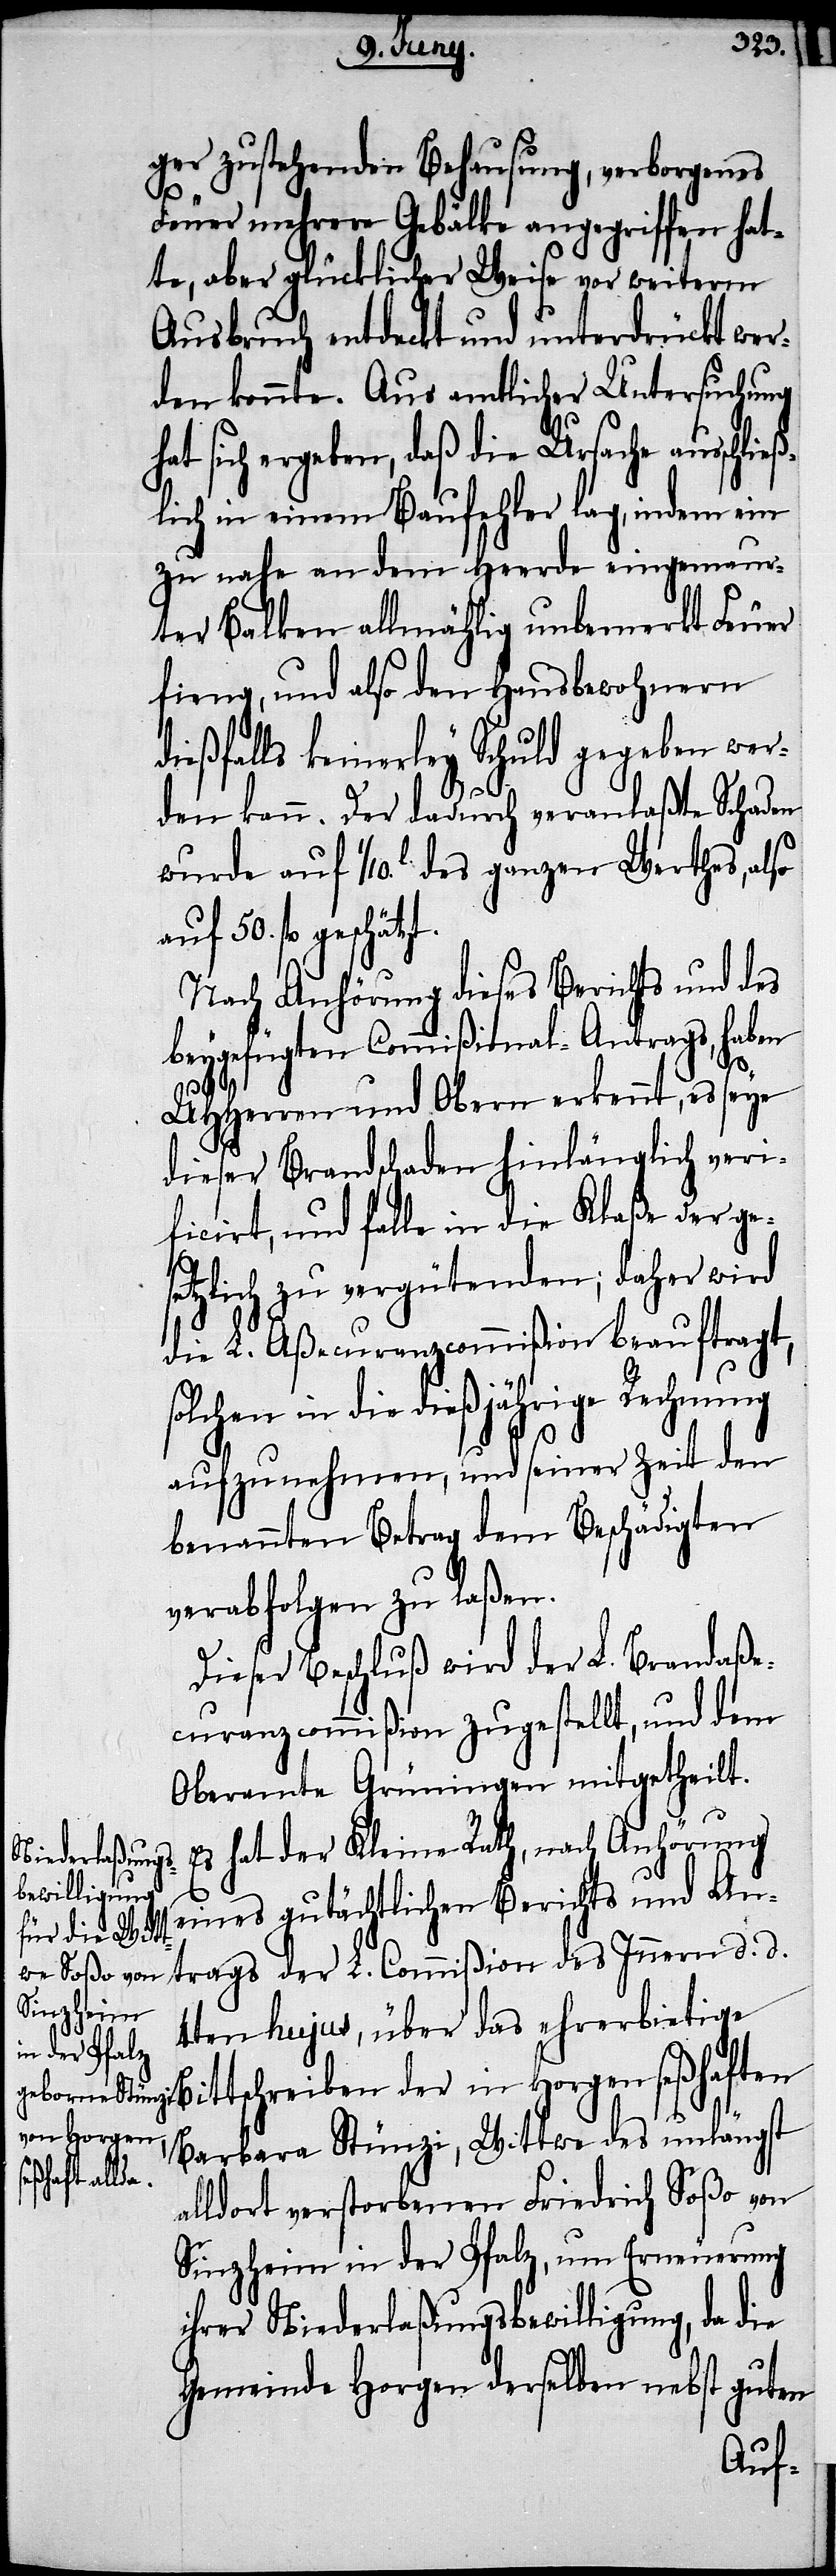
ger zustehenden Behausung, verborgenes
des
Feuer mehrere Gebälke angegriffen hat¬
te, aber glücklicher Weise vor weiterm
Ausbruch entdeckt und unterdrückt wer¬
den konnte. Aus amtlicher Untersuchung
hat sich ergeben, daß die Ursache aussch¬
lich in einem Baufehler lag, indem ein
zu nahe an dem Heerde eingemauer¬
ter Balken allmählig unbemerkt Feuer
fieng, und also den Hausbewohnern
dießfalls keinerley Schuld gegeben wer¬
den kann. Der dadurch veranlaßte Schaden
wurde auf 1/10.l des ganzen Werthes, also
auf 50. fl. geschätzt.
Nach Anhörung dieses Berichts und des
beygefügten Commißional-Antrags, haben
UHHerren und Obern erkennt, es seye
dieser Brandschaden hinlänglich veri¬
ficirt, und falle in die Klaße der ge¬
setzlich zu vergütenden; daher wird
die L. Aßecuranzcommißion beauftragt,
olchen in die dießjährige Rechnung
s¬
aufzunehmen, und seiner Zeit den
benannten Betrag dem Beschädigten
verabfolgen zu laßen.
Dieser Beschluß wird der L. Brandaße¬
curanzcommißion zugestellt, und dem
Oberamte Grüningen mitgetheilt.
Es hat der Kleine Rath, nach Anhörung
eines gutächtlichen Berichts und An¬
trags der L. Commißion des Innern d. d.
4ten hujus, über das ehrerbietige
Bittschreiben der in Horgen seßhaften
Barbara Stünzi, Wittwe des unlängst
alldort verstorbenen Friedrich Soßo von
Sinzheim in der Pfalz, um Erneuerung
ihrer Niederlaßungsbewilligung, da die
Gemeinde Horgen derselben nebst guten